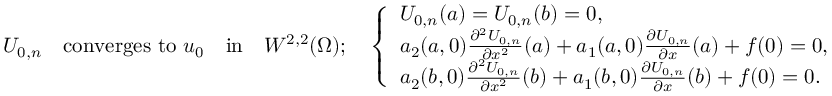
U _ { 0 , n } \quad \mathrm { c o n v e r g e s ~ t o } \, \, u _ { 0 } \quad \mathrm { i n } \quad W ^ { 2 , 2 } ( \Omega ) ; \quad \left\{ \begin{array} { l l } { U _ { 0 , n } ( a ) = U _ { 0 , n } ( b ) = 0 , } \\ { a _ { 2 } ( a , 0 ) \frac { \partial ^ { 2 } U _ { 0 , n } } { \partial x ^ { 2 } } ( a ) + a _ { 1 } ( a , 0 ) \frac { \partial U _ { 0 , n } } { \partial x } ( a ) + f ( 0 ) = 0 , } \\ { a _ { 2 } ( b , 0 ) \frac { \partial ^ { 2 } U _ { 0 , n } } { \partial x ^ { 2 } } ( b ) + a _ { 1 } ( b , 0 ) \frac { \partial U _ { 0 , n } } { \partial x } ( b ) + f ( 0 ) = 0 . } \end{array} \right.